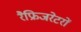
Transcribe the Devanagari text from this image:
रैफ्रिजरेटरों